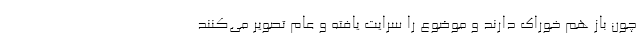
چون باز هم خوراک دارند و موضوع را سرایت یافته و عام تصویر می‌کنند